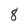
Character: 8